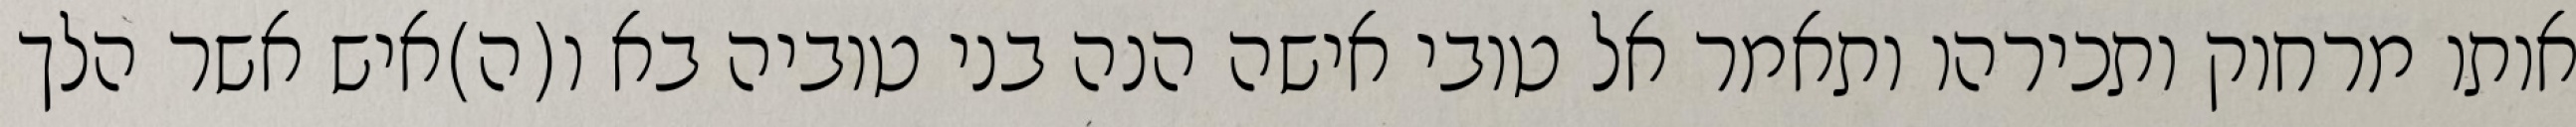
אותו מרחוק ותכירהו ותאמר אל טובי אישה הנה בני טוביה בא ו(ה)איש אשר הלך